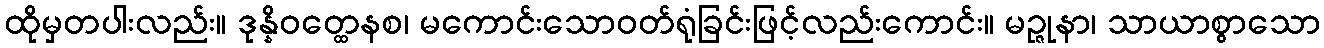
ထိုမှတပါးလည်း။ ဒုန္နိဝတ္ထေနစ၊ မကောင်းသောဝတ်ရုံခြင်းဖြင့်လည်းကောင်း။ မဉ္ဇုနာ၊ သာယာစွာသော